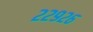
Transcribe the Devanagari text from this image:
२२९२६